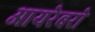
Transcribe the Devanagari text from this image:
आयरेबरो